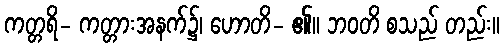
ကတ္တရိ- ကတ္တားအနက်၌၊ ဟောတိ- ၏။ ဘဝတိ စသည် တည်း။